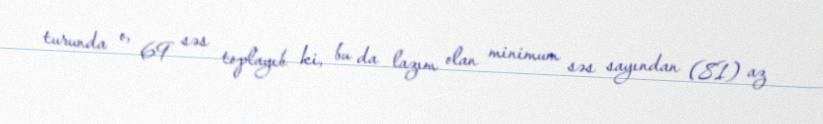
turunda o, 69 səs toplayıb ki, bu da lazım olan minimum səs sayından (81) az